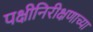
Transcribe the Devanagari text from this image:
पक्षीनिरीक्षणाच्या